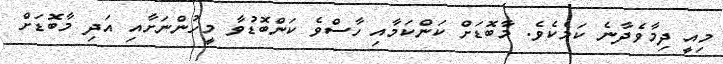
މިއީ ދިމާވެދާނެ ކަމެކެވެ. މާބޮޑަށް ކަންކަމާއި ހާސްވެ ކަންބޮޑުވާ މީހުންނަށާއި އަދި މާބޮޑަށް